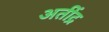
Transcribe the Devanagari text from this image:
अतींद्र